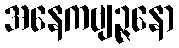
အနေကဗျဉ္ဇနော